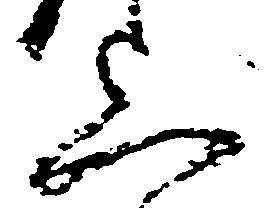
上